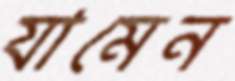
যামেন